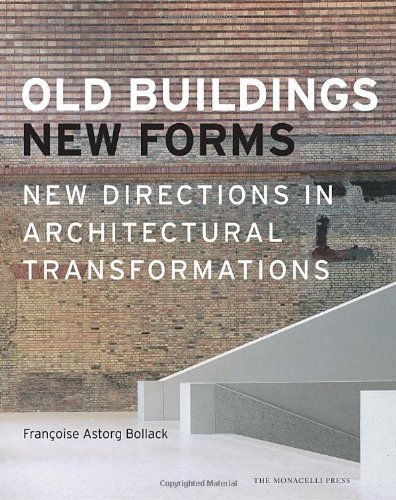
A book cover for Old Buildings, New Forms; Francoise Bollack; Arts & Photography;